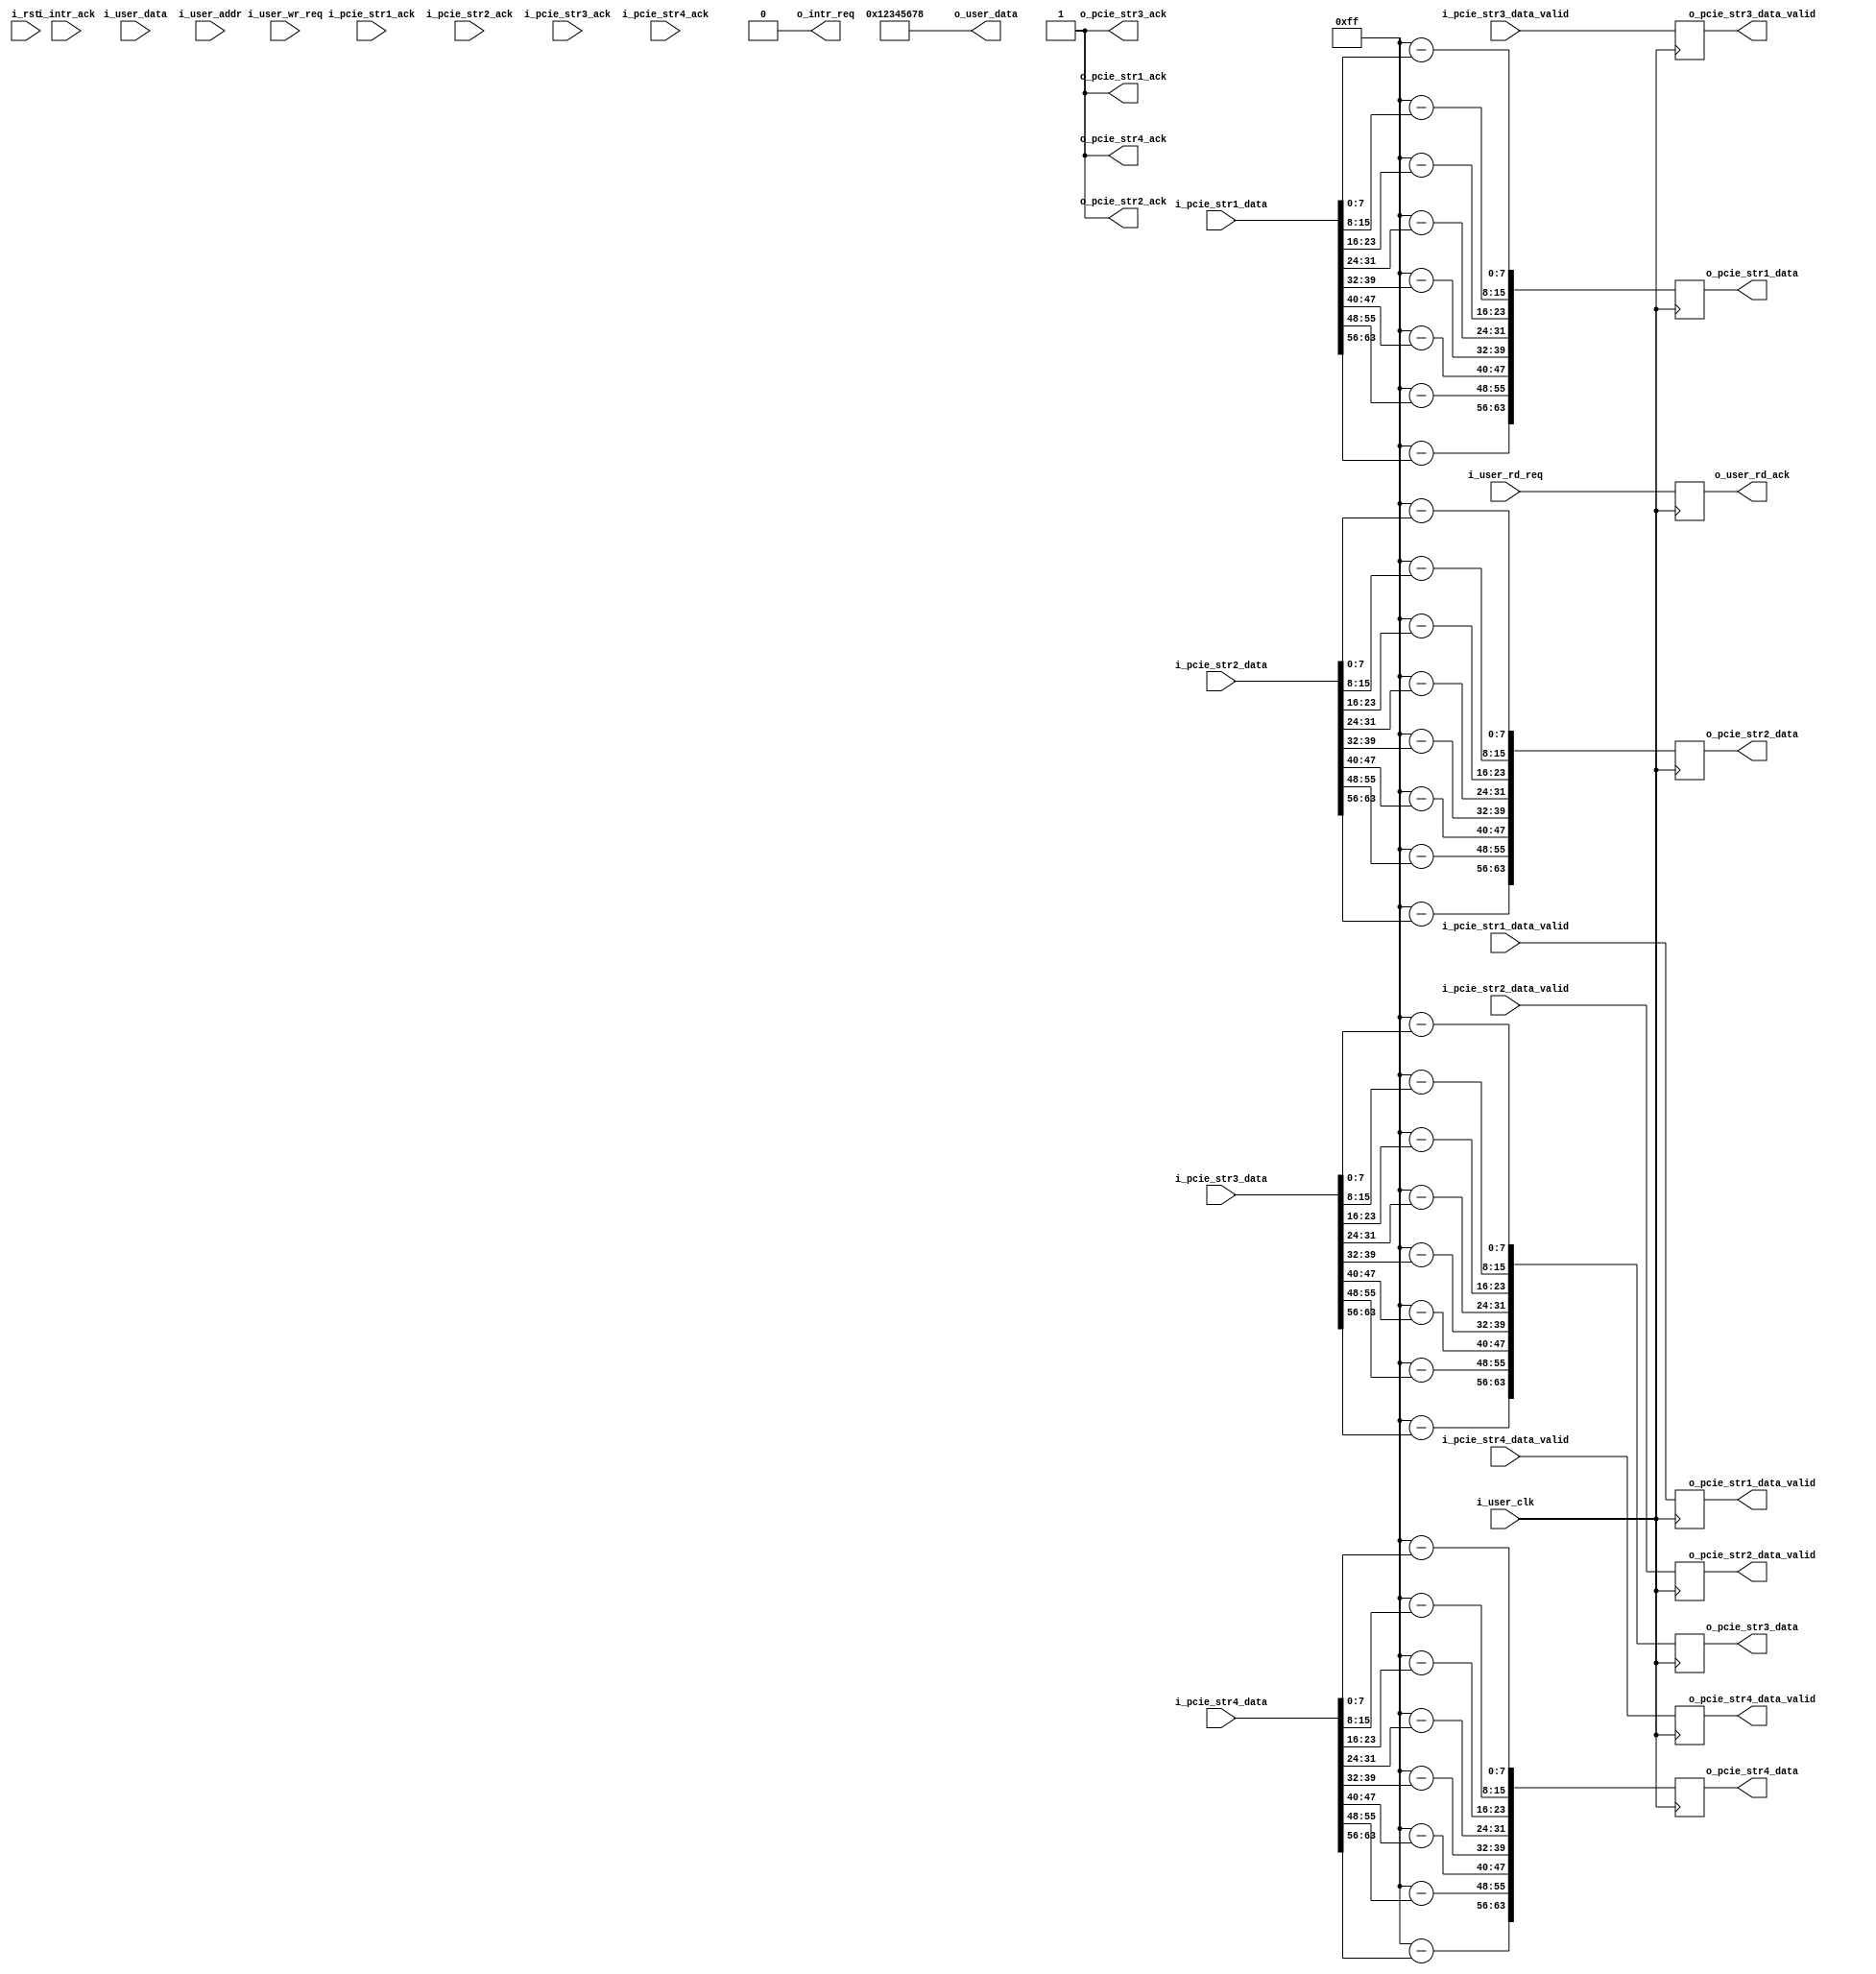
//--------------------------------------------------------------------------------
// Project    : SWITCH
// Version    : 0.1
//
// Description: A dummy user logic for testing purpose
//--------------------------------------------------------------------------------

module user_logic(
    input              i_user_clk,
    input              i_rst,
    //reg i/f 
    input    [31:0]    i_user_data,
    input    [19:0]    i_user_addr,
    input              i_user_wr_req,
    output   [31:0]    o_user_data,
    output  reg        o_user_rd_ack,
    input              i_user_rd_req, 
    //stream i/f 1
    input              i_pcie_str1_data_valid,
    output             o_pcie_str1_ack,
    input    [63:0]    i_pcie_str1_data,
    output   reg       o_pcie_str1_data_valid,
    input              i_pcie_str1_ack,
    output   reg [63:0]o_pcie_str1_data,
    //stream i/f 2       
    input              i_pcie_str2_data_valid,
    output             o_pcie_str2_ack,
    input    [63:0]    i_pcie_str2_data,
    output   reg       o_pcie_str2_data_valid,
    input              i_pcie_str2_ack,
    output   reg [63:0]o_pcie_str2_data,
    //stream i/f 3
    input              i_pcie_str3_data_valid,
    output             o_pcie_str3_ack,
    input    [63:0]    i_pcie_str3_data,
    output   reg       o_pcie_str3_data_valid,
    input              i_pcie_str3_ack,
    output   reg [63:0]o_pcie_str3_data,
    //stream i/f 4
    input              i_pcie_str4_data_valid,
    output             o_pcie_str4_ack,
    input    [63:0]    i_pcie_str4_data,
    output   reg       o_pcie_str4_data_valid,
    input              i_pcie_str4_ack,
    output   reg [63:0]o_pcie_str4_data,
    //interrupt if
    output             o_intr_req,
    input              i_intr_ack
);

reg [31:0] user_control;
assign o_intr_req             = 1'b0;
assign o_pcie_str1_ack        = 1'b1;
assign o_pcie_str2_ack        = 1'b1;
assign o_pcie_str3_ack        = 1'b1;
assign o_pcie_str4_ack        = 1'b1;

always @(posedge i_user_clk)
begin
   o_pcie_str1_data_valid  <= i_pcie_str1_data_valid;
   o_pcie_str2_data_valid  <= i_pcie_str2_data_valid;
   o_pcie_str3_data_valid  <= i_pcie_str3_data_valid;
   o_pcie_str4_data_valid  <= i_pcie_str4_data_valid;
   o_pcie_str1_data[7:0]   <= 255-i_pcie_str1_data[7:0];
   o_pcie_str1_data[15:8]  <= 255-i_pcie_str1_data[15:8];
   o_pcie_str1_data[23:16] <= 255-i_pcie_str1_data[23:16];
   o_pcie_str1_data[31:24] <= 255-i_pcie_str1_data[31:24];
   o_pcie_str1_data[39:32] <= 255-i_pcie_str1_data[39:32];
   o_pcie_str1_data[47:40] <= 255-i_pcie_str1_data[47:40];
   o_pcie_str1_data[55:48] <= 255-i_pcie_str1_data[55:48];
   o_pcie_str1_data[63:56] <= 255-i_pcie_str1_data[63:56];
   o_pcie_str2_data[7:0]   <= 255-i_pcie_str2_data[7:0];
   o_pcie_str2_data[15:8]  <= 255-i_pcie_str2_data[15:8];
   o_pcie_str2_data[23:16] <= 255-i_pcie_str2_data[23:16];
   o_pcie_str2_data[31:24] <= 255-i_pcie_str2_data[31:24];
   o_pcie_str2_data[39:32] <= 255-i_pcie_str2_data[39:32];
   o_pcie_str2_data[47:40] <= 255-i_pcie_str2_data[47:40];
   o_pcie_str2_data[55:48] <= 255-i_pcie_str2_data[55:48];
   o_pcie_str2_data[63:56] <= 255-i_pcie_str2_data[63:56];
   o_pcie_str3_data[7:0]   <= 255-i_pcie_str3_data[7:0];
   o_pcie_str3_data[15:8]  <= 255-i_pcie_str3_data[15:8];
   o_pcie_str3_data[23:16] <= 255-i_pcie_str3_data[23:16];
   o_pcie_str3_data[31:24] <= 255-i_pcie_str3_data[31:24];
   o_pcie_str3_data[39:32] <= 255-i_pcie_str3_data[39:32];
   o_pcie_str3_data[47:40] <= 255-i_pcie_str3_data[47:40];
   o_pcie_str3_data[55:48] <= 255-i_pcie_str3_data[55:48];
   o_pcie_str3_data[63:56] <= 255-i_pcie_str3_data[63:56];
   o_pcie_str4_data[7:0]   <= 255-i_pcie_str4_data[7:0];
   o_pcie_str4_data[15:8]  <= 255-i_pcie_str4_data[15:8];
   o_pcie_str4_data[23:16] <= 255-i_pcie_str4_data[23:16];
   o_pcie_str4_data[31:24] <= 255-i_pcie_str4_data[31:24];
   o_pcie_str4_data[39:32] <= 255-i_pcie_str4_data[39:32];
   o_pcie_str4_data[47:40] <= 255-i_pcie_str4_data[47:40];
   o_pcie_str4_data[55:48] <= 255-i_pcie_str4_data[55:48];
   o_pcie_str4_data[63:56] <= 255-i_pcie_str4_data[63:56];
end

//User register read
always @(posedge i_user_clk)
begin
   o_user_rd_ack  <= i_user_rd_req;
end
   
assign o_user_data = 'h12345678;
     
endmodule